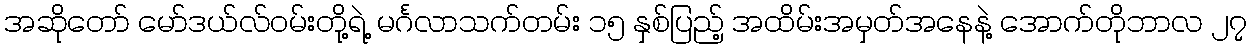
အဆိုတော် မော်ဒယ်လ်ဝမ်းတို့ရဲ့ မင်္ဂလာသက်တမ်း ၁၅ နှစ်ပြည့် အထိမ်းအမှတ်အနေနဲ့ အောက်တိုဘာလ ၂၇